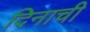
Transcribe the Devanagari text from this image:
दिनाची